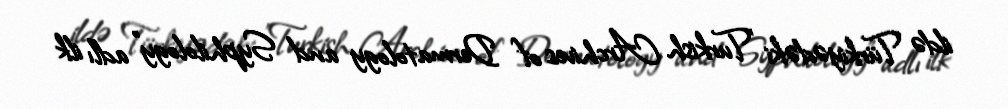
ildə Türkiyədəki "Turkish Archives of Dermatology and Syphilology" adlı ilk